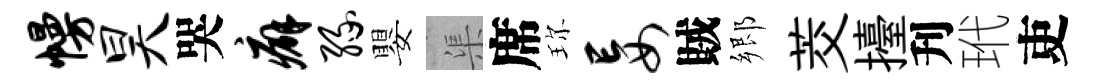
幔昊哭癖缘嬰渠席珎妄賊郷茭擡刋玳吏